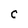
Character: C